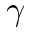
\gamma